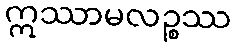
ဣဿာမလဉ္စဿ